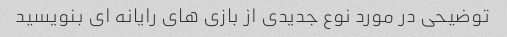
توضیحی در مورد نوع جدیدی از بازی های رایانه ای بنویسید